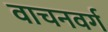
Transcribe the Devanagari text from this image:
वाचनवर्ग